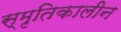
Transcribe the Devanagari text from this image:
स्मृतिकालीन